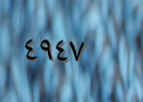
٤٩٤٧